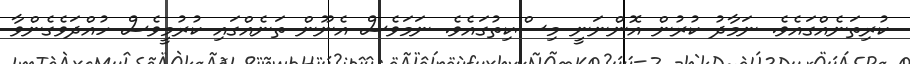
ކުރިތަނެއްގައެވެ. ނަމާދު ކުރުން އޮންނަނީ މިސްކިތުގައެވެ. ނަމަވެސް އެނޫން ތަނެއްގައި ކުރުމީވެސް ހުއްދަވެގެންވާ